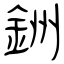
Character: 銂